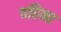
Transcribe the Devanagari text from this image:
पहिना